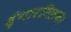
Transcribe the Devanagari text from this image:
श्रृंगारतिलक।